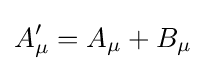
A'_{\mu }=A_{\mu }+B_{\mu }